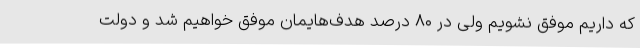
که داریم موفق نشویم ولی در ۸۰ درصد هدف‌هایمان موفق خواهیم شد و دولت